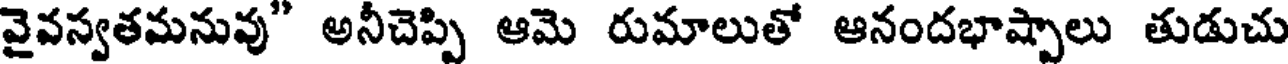
వైవస్వతమనువు" అనీచెప్పి ఆమె రుమాలుతో ఆనందభాష్పాలు తుడుచు